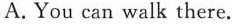
A.You can walk there.